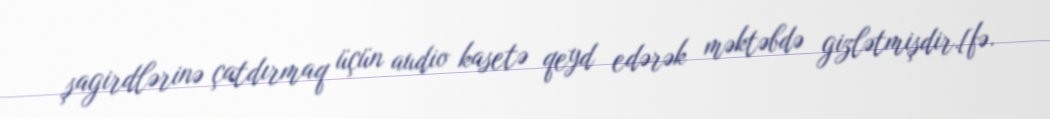
şagirdlərinə çatdırmaq üçün audio kasetə qeyd edərək məktəbdə gizlətmişdir.[fə.